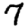
Digit: 7